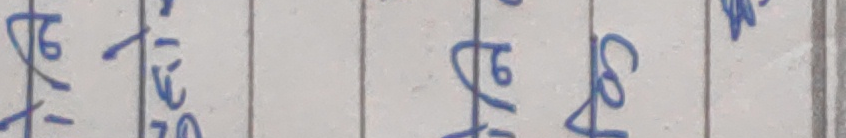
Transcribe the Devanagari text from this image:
२७ ७० २७ ४०